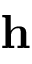
\mathbf { h }